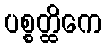
ပစ္စတ္ထိကေ